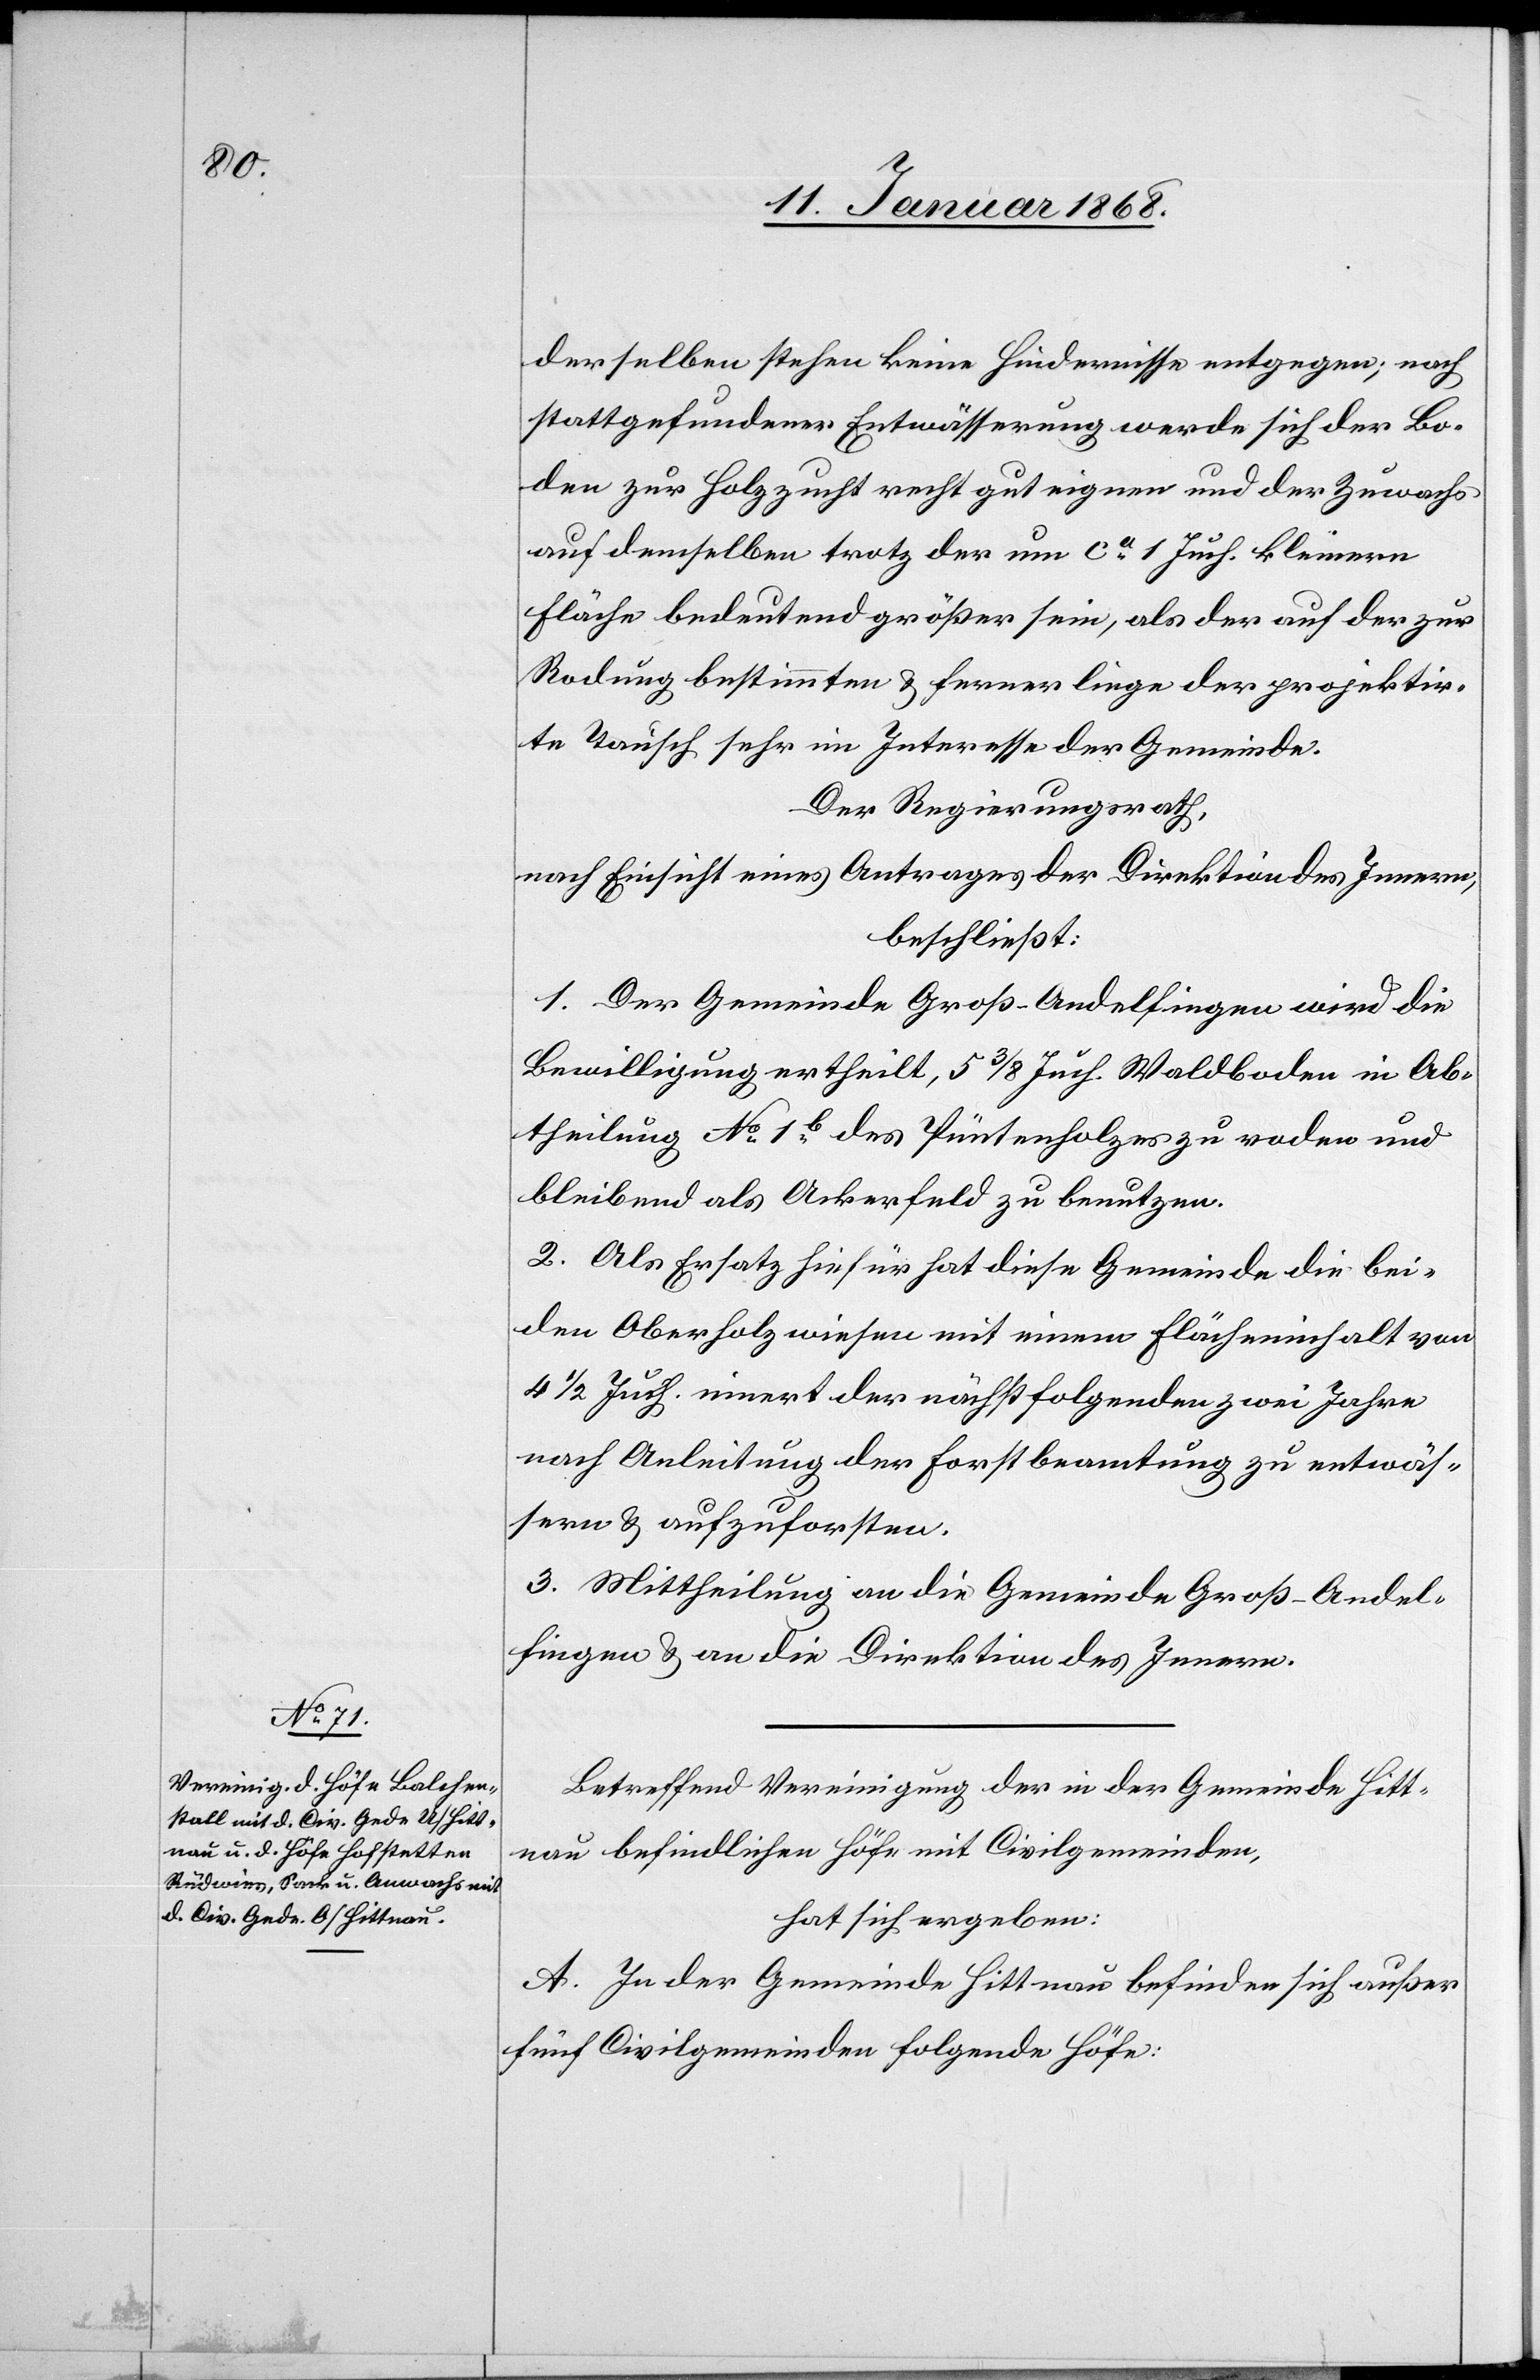
derselben stehen keine Hindernisse entgegen; nach
stattgefundener Entwässerung werde sich der Bo¬
den zur Holzzucht recht gut eignen und der Zuwachs
auf demselben trotz der um ca. 1 Juch. kleinern
Fläche bedeutend größer sein, als der auf der zur
Rodung bestimmten & ferner liege der projektir¬
te Tausch sehr im Interesse der Gemeinde.
Der Regierungsrath,
nach Einsicht eines Antrages der Direktion des Innern,
beschließt:
1. Der Gemeinde Groß-Andelfingen wird die
Bewilligung ertheilt, 5 3/8 Juch. Waldboden in Ab¬
theilung No. 1b. des Püntenholzes zu roden und
bleibend als Ackerfeld zu benutzen.
2. Als Ersatz hiefür hat diese Gemeinde die bei¬
den Oberholzwiesen mit einem Flächeninhalt von
4 1/2 Juch. innert der nächstfolgenden zwei Jahre
nach Anleitung der Forstbeamtung zu entwäs¬
sern & aufzuforsten.
3. Mittheilung an die Gemeinde Groß-Andel¬
fingen & an die Direktion des Innern.
Betreffend Vereinigung der in der Gemeinde Hitt¬
nau befindlichen Höfe mit Civilgemeinden,
hat sich ergeben:
A. In der Gemeinde Hittnau befinden sich außer
fünf Civilgemeinden folgende Höfe: